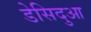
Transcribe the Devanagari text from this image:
डेसिदुआ